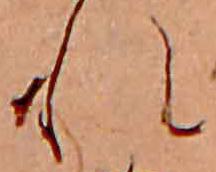
れ